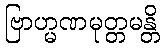
ဗြာဟ္မဏမုတ္တမန္တိ